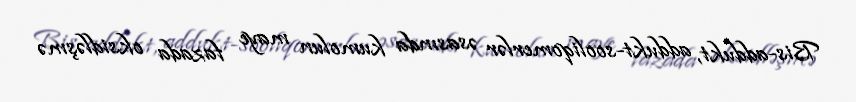
Bis-addukt, addukt-sooliqomerlər əsasında kumolun maye fazada oksidləşmə